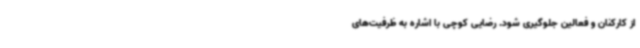
از کارکنان و فعالین جلوگیری شود. رضایی کوچی با اشاره به ظرفیت‌های